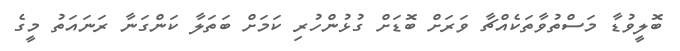
ބޮލީވުޑާ މަސްތުވާތަކެއްޗާ ވަރަށް ބޮޑަށް ގުޅުންހުރި ކަމަށް ބަތަލާ ކަންގަނާ ރަނައަތު މީގެ